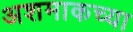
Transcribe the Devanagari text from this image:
अशमाकच्या